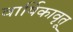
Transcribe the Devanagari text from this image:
वार्षिकावृतू